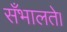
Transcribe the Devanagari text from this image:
सँभालते।